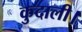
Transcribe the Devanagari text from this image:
कुदाली।